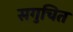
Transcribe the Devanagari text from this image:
सगुचित